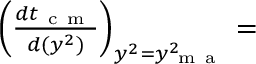
\begin{array} { r l } { ~ ~ ~ } & { { } \left( \frac { d t _ { \mathrm { ~ c ~ m ~ } } } { d ( y ^ { 2 } ) } \right) _ { y ^ { 2 } = y _ { \mathrm { ~ m ~ a ~ } } ^ { 2 } } = } \end{array}